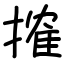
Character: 搉